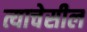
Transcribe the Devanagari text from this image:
त्याचेसील